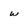
Character: w